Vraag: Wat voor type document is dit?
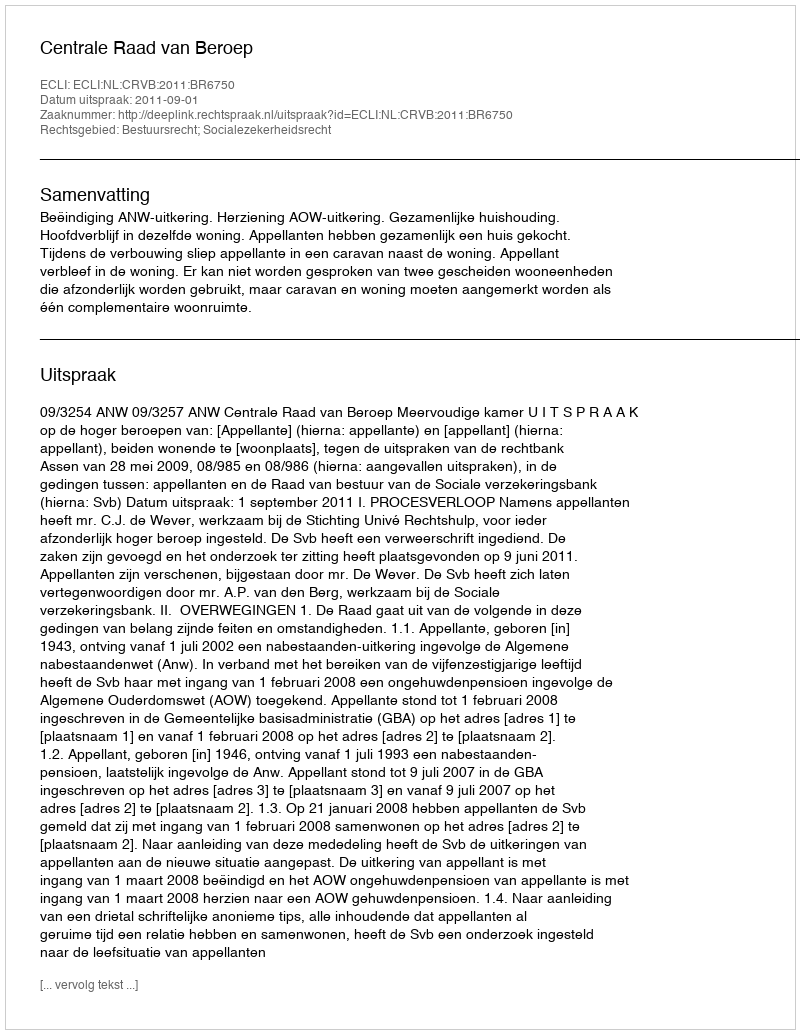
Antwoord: Uitspraak